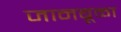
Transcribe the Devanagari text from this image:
जानबूळा